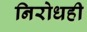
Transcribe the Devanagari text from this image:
निरोधही